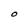
Character: O